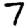
Digit: 7